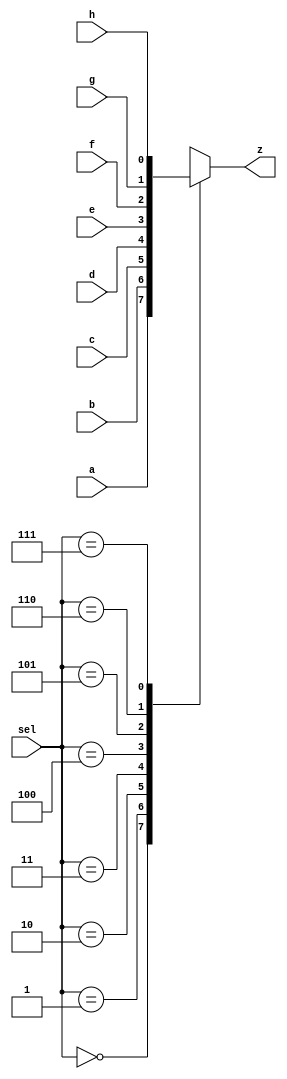
module mvp_mux8(
	z,
	sel,
	a,
	b,
	c,
	d,
	e,
	f,
	g,
	h
);
// synopsys template
parameter WIDTH = 1;

output [WIDTH-1:0] z;
reg [WIDTH-1:0] z;

input  [2:0] sel;
input  [WIDTH-1:0] a;
input  [WIDTH-1:0] b;
input  [WIDTH-1:0] c;
input  [WIDTH-1:0] d;
input  [WIDTH-1:0] e;
input  [WIDTH-1:0] f;
input  [WIDTH-1:0] g;
input  [WIDTH-1:0] h;

always @(sel or a or b or c or d or e or f or g or h)
begin
	case(sel)
		3'b000 :	z = a;
		3'b001 : 	z = b;
		3'b010 : 	z = c;
		3'b011 : 	z = d;
		3'b100 :	z = e;
		3'b101 : 	z = f;
		3'b110 : 	z = g;
		3'b111 : 	z = h;
		default: 	z = {WIDTH{1'bx}};
	endcase
end

endmodule